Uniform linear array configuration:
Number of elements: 4
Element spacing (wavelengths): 1
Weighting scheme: binomial
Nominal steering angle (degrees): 15
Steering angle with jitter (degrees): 13.915
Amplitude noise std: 0.05
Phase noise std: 0.05

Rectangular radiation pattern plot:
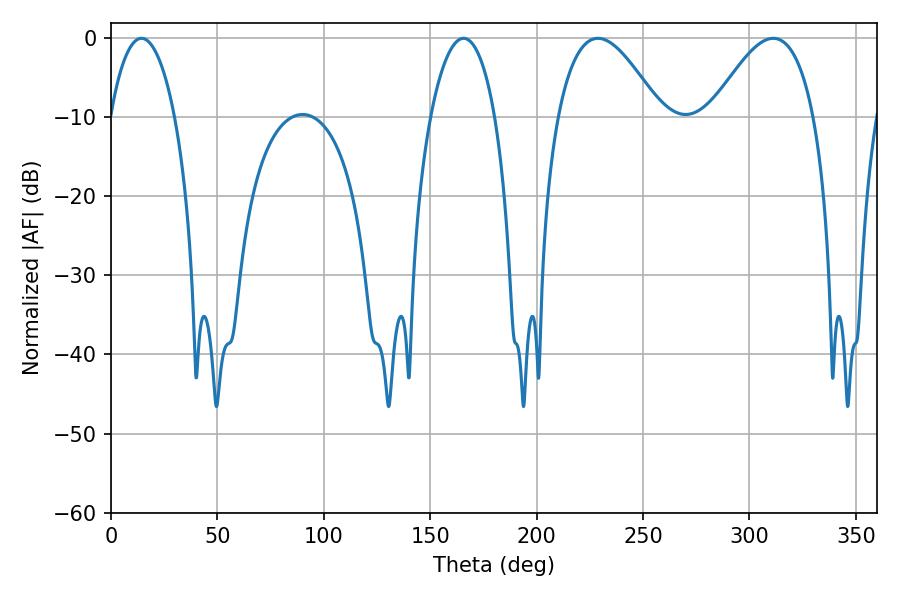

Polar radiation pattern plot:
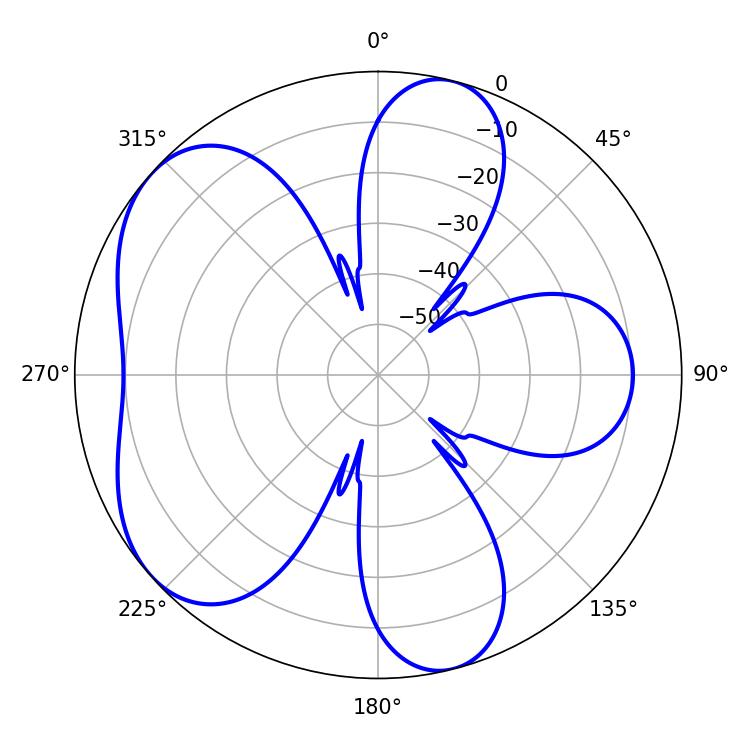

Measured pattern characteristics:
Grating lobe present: TRUE
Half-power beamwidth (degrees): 26.28
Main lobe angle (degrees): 228.78